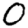
Digit: 0